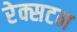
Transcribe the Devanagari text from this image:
रेक्सटन